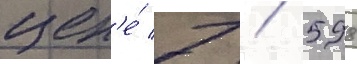
цен'е́ 7 / 598